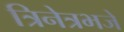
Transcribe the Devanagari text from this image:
त्रिनेत्रभजे